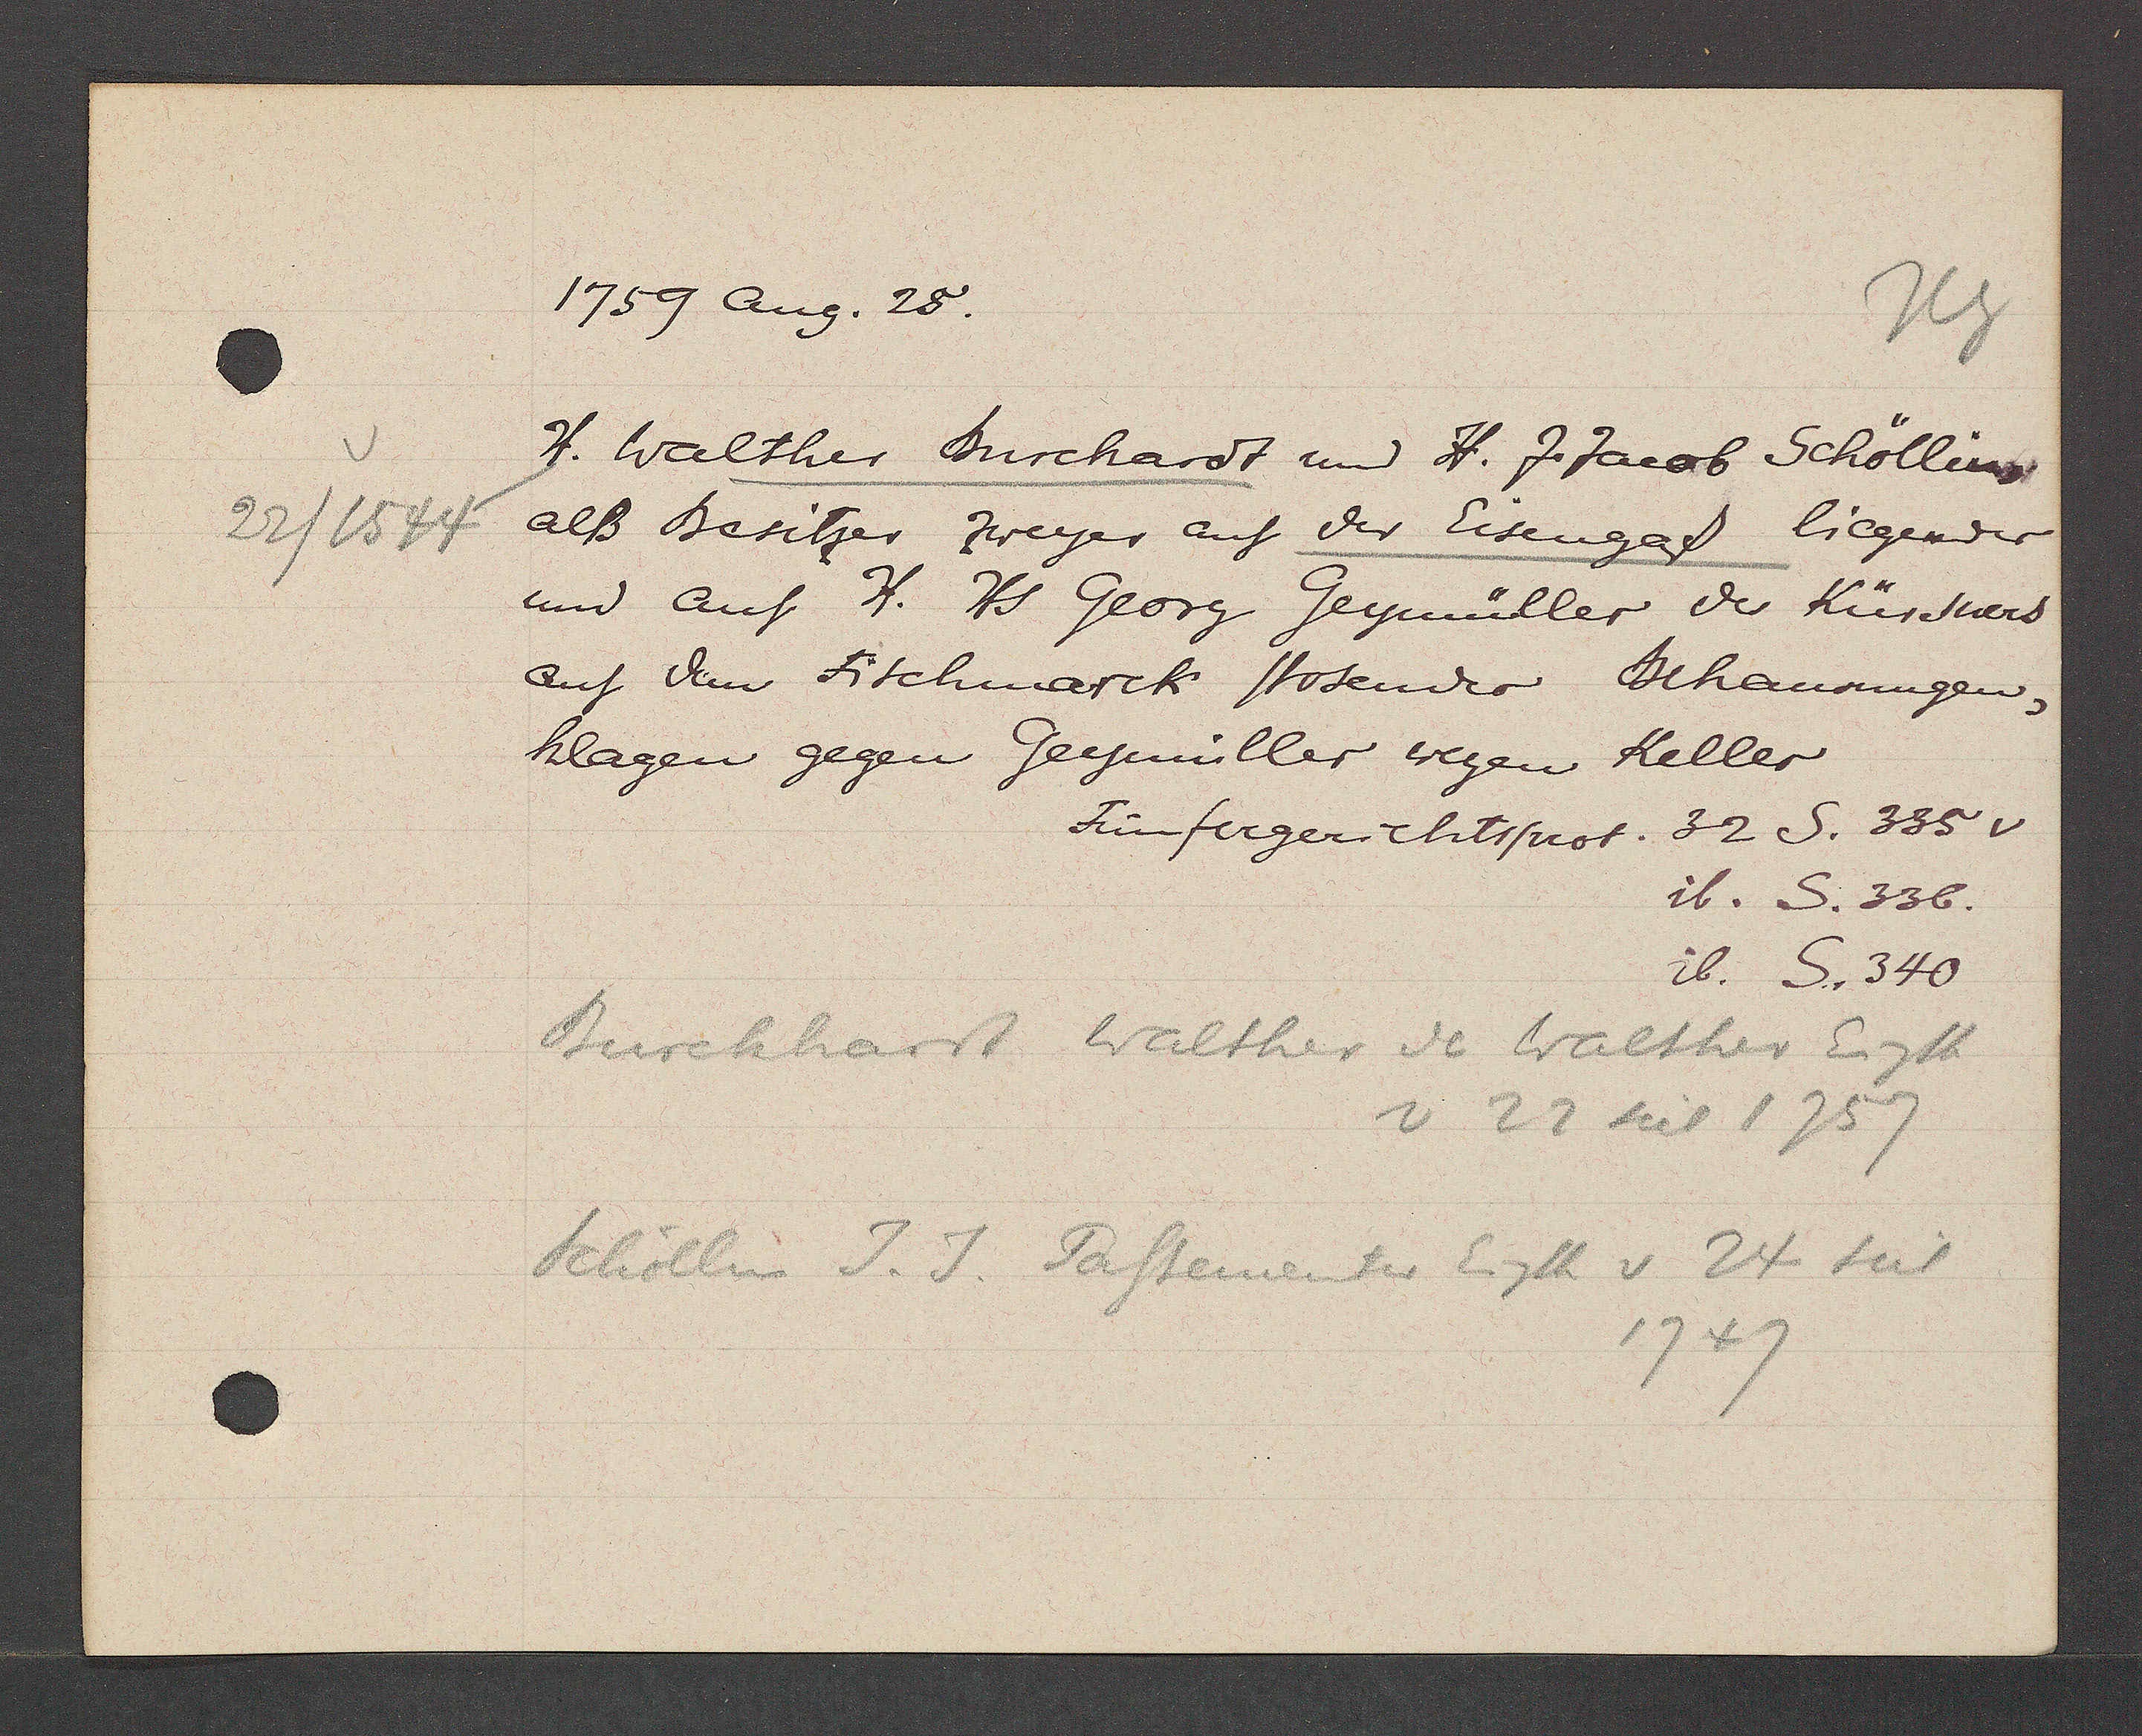
Transcript:
22/1544

1759 Aug. 28.
H. Walther Burckardt und H. J. Jacob Schöllin,
alß Besitzer zweyer auf der Eisengaß liegender
und auf H. Hs Georg Geymüller der Kürsners
auf dem Fischmarck stosender behasungen,
klagen gegen Geymüller wegen Keller
Fünfergerichtsprot. 32 S. 335 v
ib. S. 336.
ib. S. 340
Burckhardt Walther de Walther Eigth
v 22 Seit 1757
Schöllin J. J. Passementer Eigth v 24 Seit
1747